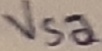
Text: Vsa